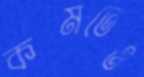
কমতেও